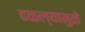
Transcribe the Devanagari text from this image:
ढळल्यामुळे